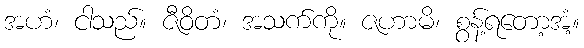
အဟံ၊ ငါသည်။ ဇီဝိတံ၊ အသက်ကို။ ဇဟာမိ၊ စွန့်ရတော့အံ့။